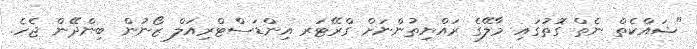
"ޝައްކެތް ނެތް ގޮތުގައި މާލޭގެ ރައްޔިތުންނަށް ގްރޭޓަރ އިންޑަސްޓްރިއަލް ޒޯނުން ބިންދޭން ޖެހެ.